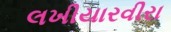
લખીયારવીરા